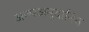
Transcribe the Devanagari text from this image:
अल्पअनुदानित